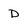
Character: D